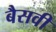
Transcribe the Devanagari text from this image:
बैसवी